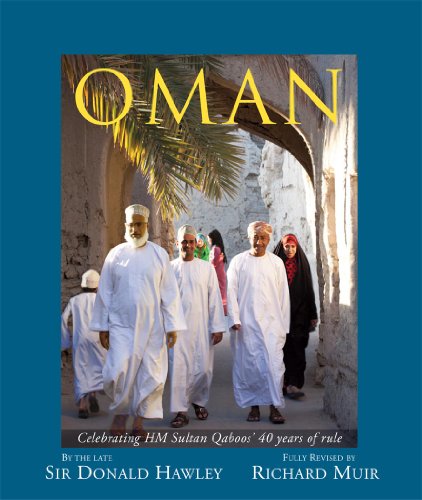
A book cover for Oman: 40th Anniversary Edition; Sir Donald Hawley; History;